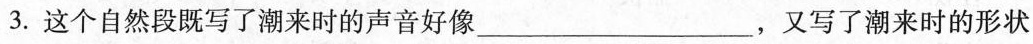
3.这个自然段既写了潮来时的声音好像___，又写了潮来时的形状